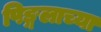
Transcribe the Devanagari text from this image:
पिङ्गलाच्या